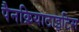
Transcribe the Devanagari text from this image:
पैनक्रियाटाइटिस